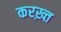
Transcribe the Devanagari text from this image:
करख़्त